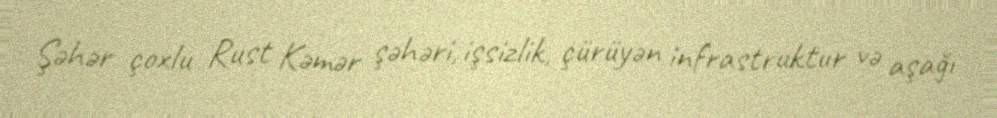
Şəhər çoxlu Rust Kəmər şəhəri, işsizlik, çürüyən infrastruktur və aşağı